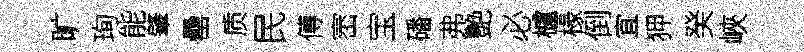
旷珣能肇罍质民傅崈宝磻弗艶必櫨椽倒宜狎癸峽